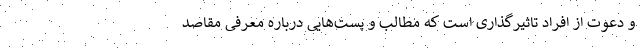
و دعوت از افراد تاثیرگذاری است که مطالب و پست‌هایی درباره معرفی مقاصد